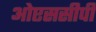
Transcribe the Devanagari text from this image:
ओएससीपी